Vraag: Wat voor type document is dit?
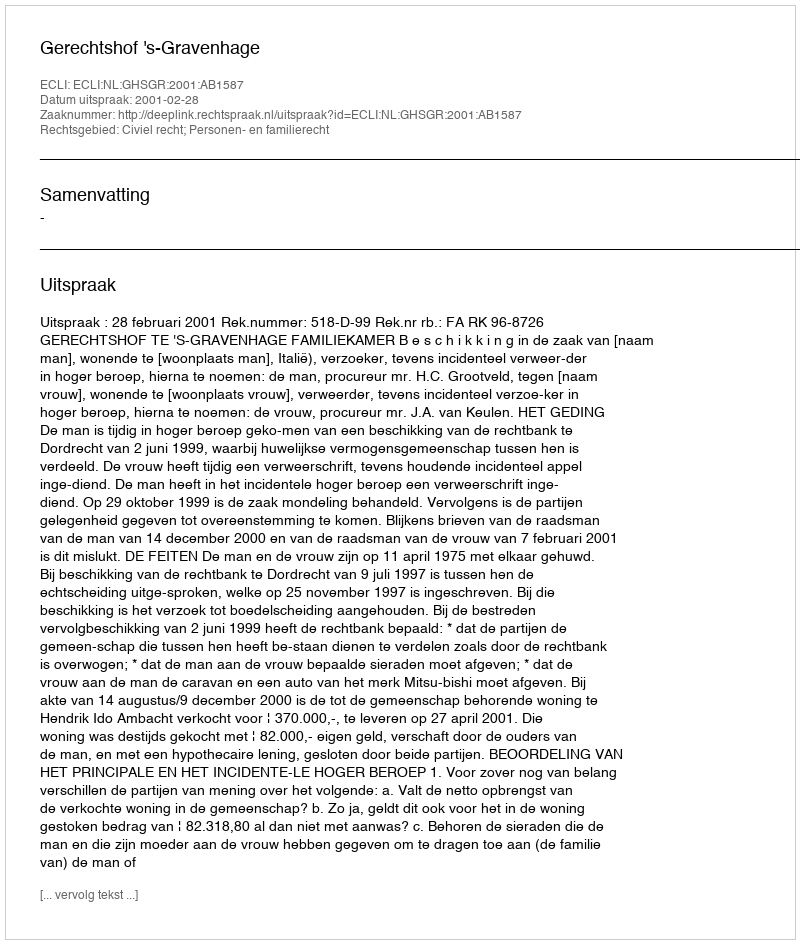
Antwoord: Uitspraak